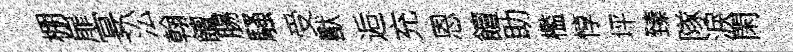
棚扉宴㳂翰饘腸騷受獸逅充恩饘助檻惇坪臻隊淚閑